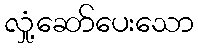
လှုံ့ဆော်ပေးသော